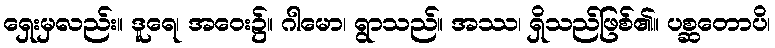
ရှေးမှလည်း။ ဒူရေ၊ အဝေး၌။ ဂါမော၊ ရွာသည်။ အဿ၊ ရှိသည်ဖြစ်၏။ ပစ္ဆတောပိ၊